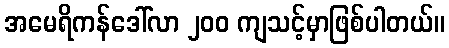
အမေရိကန်ဒေါ်လာ ၂၀၀ ကျသင့်မှာဖြစ်ပါတယ်။